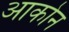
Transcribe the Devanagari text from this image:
आकोन